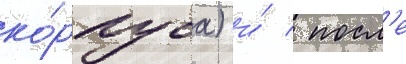
ко́рпуса) и́ / посл'е